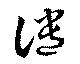
譴